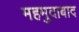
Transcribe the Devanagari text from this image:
महमुदाबाद